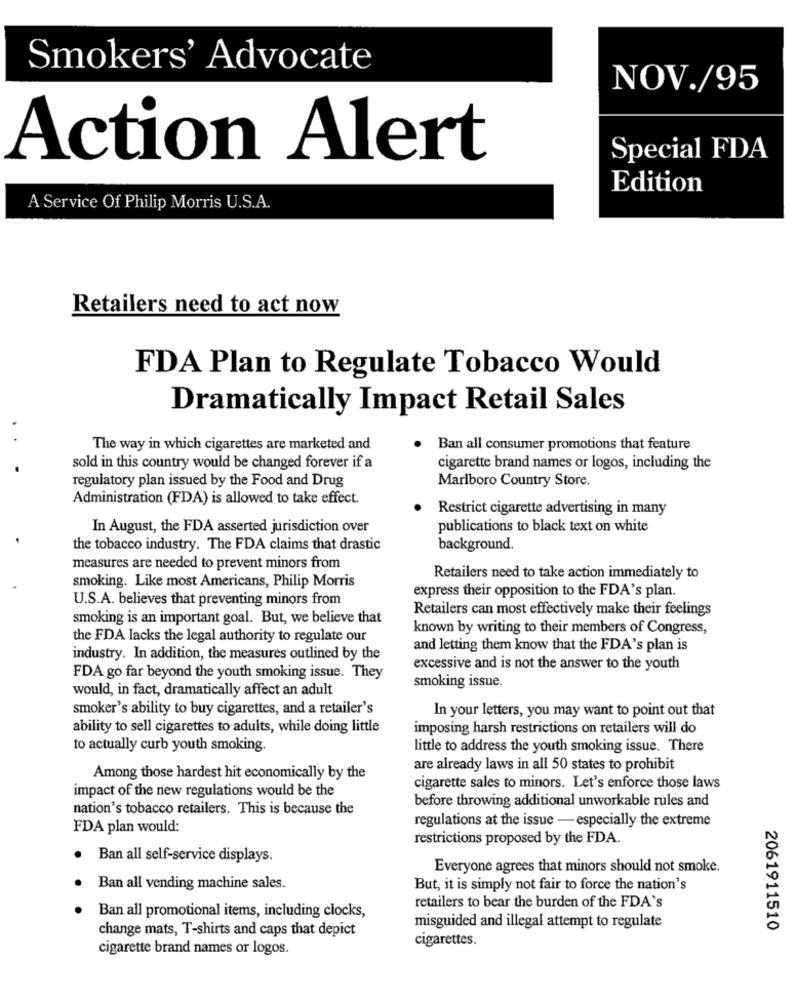
Smokers' Advocate
NOV./95
Action Alert
Special FDA
Edition
A Service Of Philip Morris U.S.A.
Retailers need to act now
FDA Plan to Regulate Tobacco Would
Dramatically Impact Retail Sales
The way in which cigarettes are marketed and
Ban all consumer promotions that feature
sold in this country would be changed forever if a
cigarette brand names or logos, including the
regulatory plan issued by the Food and Drug
Marlboro Country Store.
Administration (FDA) is allowed to take effect.
Restrict cigarette advertising in many
In August, the FDA asserted jurisdiction over
publications to black text on white
the tobacco industry. The FDA claims that drastic
background.
measures are needed to prevent minors from
smoking. Like most Americans, Philip Morris
Retailers need to take action immediately to
express their opposition to the FDA's plan.
U.S.A. believes that preventing minors from
Retailers can most effectively make their feelings
smoking is an important goal. But, we believe that
known by writing to their members of Congress,
the FDA lacks the legal authority to regulate our
and letting them know that the FDA's plan is
industry. In addition, the measures outlined by the
excessive and is not the answer to the youth
FDA go far beyond the youth smoking issue. They
smoking issue.
would, in fact, dramatically affect an adult
smoker's ability to buy cigarettes, and a retailer's
In your letters, you may want to point out that
ability to sell cigarettes to adults, while doing little
imposing harsh restrictions on retailers will do
to actually curb youth smoking.
little to address the youth smoking issue. There
are already laws in all 50 states to prohibit
Among those hardest hit economically by the
impact of the new regulations would be the
cigarette sales to minors. Let's enforce those laws
before throwing additional unworkable rules and
nation's tobacco retailers. This is because the
regulations at the issue -especially the extreme
FDA plan would:
restrictions proposed by the FDA.
Ban all self-service displays.
Everyone agrees that minors should not smoke.
Ban all vending machine sales.
But, it is simply not fair to force the nation's
retailers to bear the burden of the FDA's
Ban all promotional items, including clocks,
change mats, T-shirts and caps that depict
misguided and illegal attempt to regulate
2061911510
cigarettes.
cigarette brand names or logos.